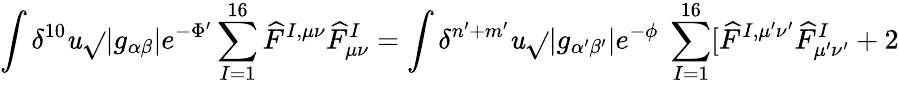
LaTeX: \int\delta^{10}\mathit{u}\sqrt{}{{|g_{\alpha\beta}|}}e^{-\Phi^{\prime}}\sum_{I=1}^{16}\widehat{{F}}^{I,\mu\nu}\widehat{{F}}_{\mu\nu}^{I}=\int\delta^{n^{\prime}+m^{\prime}}\mathit{u}\sqrt{}{{|g_{\alpha^{\prime}\beta^{\prime}}|}}e^{-\phi}~\sum_{I=1}^{16}[\widehat{{F}}^{I,\mu^{\prime}\nu^{\prime}}\widehat{{F}}_{\mu^{\prime}\nu^{\prime}}^{I}+2